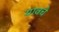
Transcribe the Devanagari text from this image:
यावचे